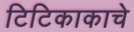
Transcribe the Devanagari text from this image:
टिटिकाकाचे